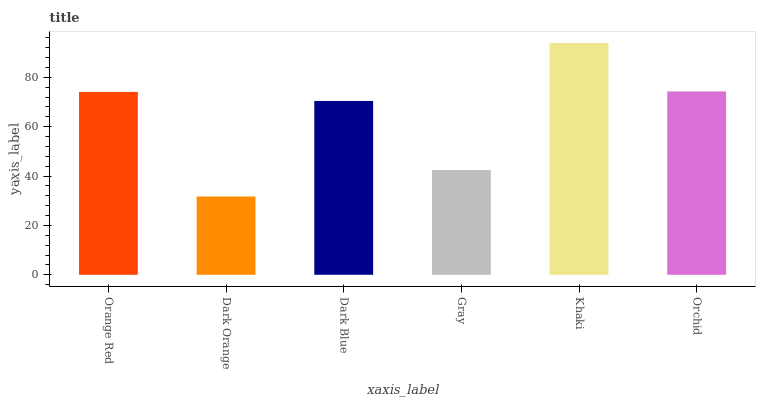
| xaxis_label | bars |
 | --- | --- |
 | Orange Red | 74.1 |
 | Dark Orange | 31.7 |
 | Dark Blue | 70.4 |
 | Gray | 42.5 |
 | Khaki | 93.9 |
 | Orchid | 74.3 |